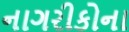
નાગરીકોના